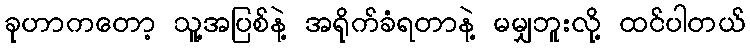
ခုဟာကတော့ သူ့အပြစ်နဲ့ အရိုက်ခံရတာနဲ့ မမျှဘူးလို့ ထင်ပါတယ်